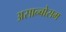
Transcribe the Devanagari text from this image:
असान्बोसम